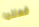
فعلتما